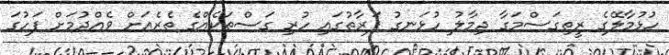
ހުޅުމާލޭގެ ރީތިގަސްމަގާ ދިމާލު ހުޅަނގު ފަރާތުގައި ހުރި ގަސްތަކެއްގެ ތެރެއަށް ވެއްދުމަށް ފަހުގަ